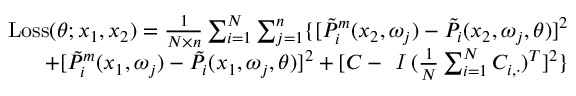
\begin{array} { r } { \mathrm { L o s s } ( \theta ; x _ { 1 } , x _ { 2 } ) = \frac { 1 } { N \times n } \sum _ { i = 1 } ^ { N } \sum _ { j = 1 } ^ { n } \{ [ \Tilde { P } _ { i } ^ { m } ( x _ { 2 } , \omega _ { j } ) - \Tilde { P } _ { i } ( x _ { 2 } , \omega _ { j } , \theta ) ] ^ { 2 } } \\ { + [ \Tilde { P } _ { i } ^ { m } ( x _ { 1 } , \omega _ { j } ) - \Tilde { P } _ { i } ( x _ { 1 } , \omega _ { j } , \theta ) ] ^ { 2 } + [ C - \textit { I } ( \frac { 1 } { N } \sum _ { i = 1 } ^ { N } C _ { i , \cdot } ) ^ { T } ] ^ { 2 } \} } \end{array}